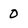
Character: 0